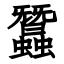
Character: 蠶